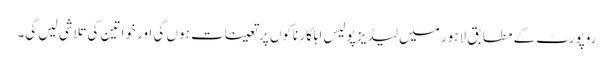
روپورٹ کے مطابق لاہور میں لیڈیز پولیس اہلکار ناکوں پر تعینات ہوں گی اور خواتین کی تلاشی لیں گی۔